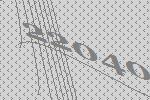
22040